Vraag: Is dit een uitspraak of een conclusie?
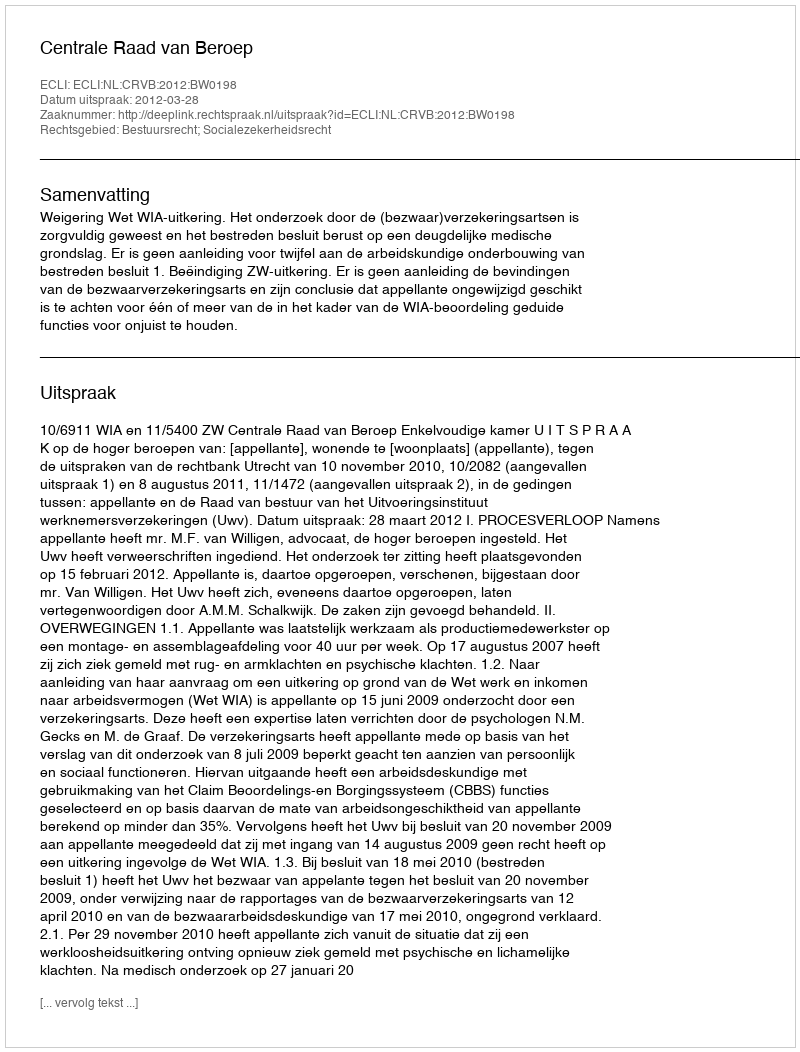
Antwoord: Uitspraak